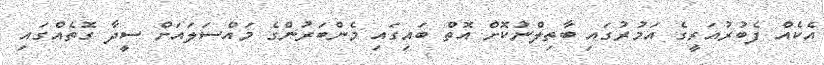
އެކެއް ފެބުރުއަރީގެ އަމުރުގައި ބާތިލްނުކޮށް އޮތް ބައިގައި މެންބަރުންގެ މައްސަލައަށް ސީދާ ގޮތެއްގައި